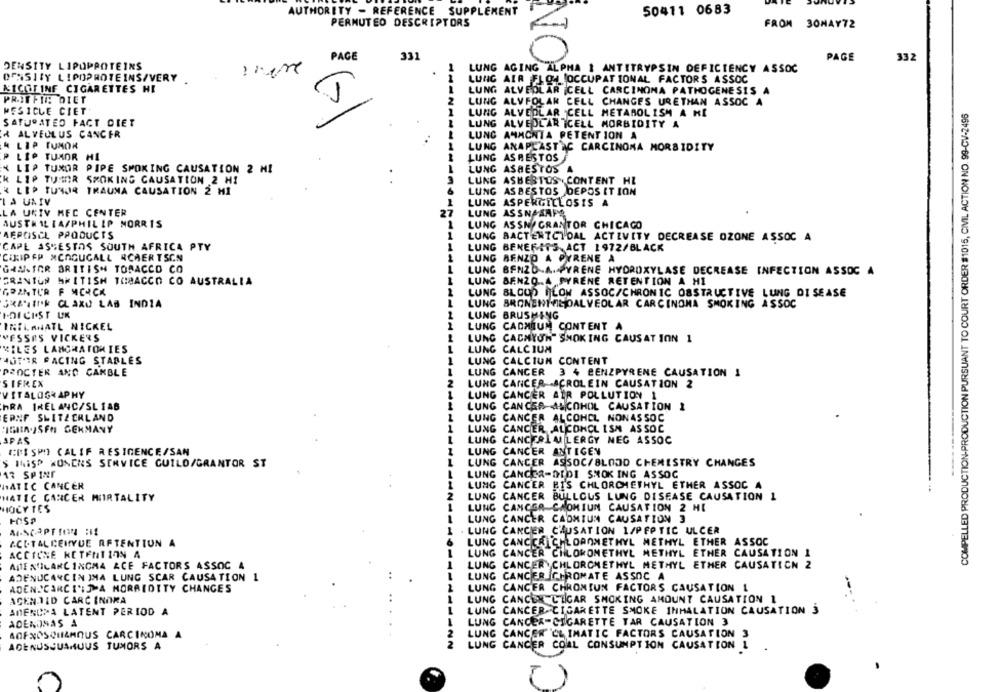
AUTHORITY - REFERENCE SUPPLEMENT
50411 0683
PERMUTEO DESCRIPTORS
FROM 30HAY72
331
PAGE
PAGE
332
DENSITY LIPOPROTEINS
LUNG AGING ALPHA 1 ANTITRYPSIN DEFICIENCY ASSOC
DENSITY LIPOPROTEINS/VERY
LUNG AIR FLQ4 OCCUPATIONAL FACTORS ASSOC
NICOTINE CIGARETTES HI
LUNG ALVEOLAR CELL CARCINOMA PATHOGENESIS A
PRITFIN DIET
2
LUNG ALVEOLAR CELL CHANGES URETHAN ASSOC A
MESICLE CIET
COMPELLED PRODUCTION-PRODUCTION PURSUANT TO COURT ORDER $1015, CIVIL ACTION NO. 99-CV-2496
LUNG ALVEOLAR CELL METABOLISM A HL
SATURATED FACT DIET
(7)
LUNG ALVEOLAR ICELL MORBIDITY A
A ALVEOLUS CANCER
LUNG AMMONTA PETENT ION A
LIP TUMOR
...
LUNG ANAPLASTIC CARCINOMA MORBIDITY
PLIP
TUMOR HI
LUNG ASRESTOS
N LIP TUMOR PIPE SMOKING CAUSATION 2 HI
LUNG ASBESTOS A
LIP TUMOR SMOKING CAUSATION 2 HI
3
LUNG ASBESTUS . CONTENT HL
& LIP TUTOR TRAUMA CAUSATION 2 HI
LUNG ASBESTOS DEPOSITION
LA UNIV
LUNG ASPERGILLOSIS A
LA UNIV MEC CENTER
27
LUNG ASSNASAPA
AUSTHAL IA/PHILIP MORRIS
1
LUNG ASSN GRANTOR CHICAGO
AFPOISCL PRODUCTS
LUNG BACTENTCIOAL ACTIVITY DECREASE OZONE ASSOC A
CAPE AS"ESTOS SOUTH AFRICA PTY
LUNG BENEFITS, ACT 1972/BLACK
CIXIPEP XCOGUGALL RCAERTSEN
LUNG BENZO A PYRENE A
GAN-IGR BRITISH TORACCD CO
LUNG BENZD.A. PYRENE HYDROXYLASE DECREASE INFECTION ASSOC A
GRANTUR MMITISH TOBACCO CO AUSTRALIA
--
LUNG BENZO.A PYRENE RETENTION A HI
GRANTUR F MCRCK
LUNG BLOOD FLOW ASSOC/CHRONIC OBSTRUCTIVE LUNG DISEASE
GRATIN* CLAXU LAB INDIA
LUNG BRONENTACOALVEOLAR CARCINOMA SMOKING ASSOC
I.DECIST UK
2
LUNG BRUSHING
IRILANATL NICKEL
LUNG CADMIUM CONTENT A
PESSAS VICKERS
LUNG CACHYUN" SMOKING CAUSATION 1
MILES LAMGRATOMIES
LUNG CALCIUM
AGTER PACING STABLES
LUNG CALCIUM CONTENT
1
PROCTER AND CAMBLE
LUNG CANCER 3 4 BENZPYRENE CAUSATION 1
SIFREX
2
LUNG CANCER ACROLEIN CAUSATION 2
VITALOGRAPHY
1
LUNG CANCER AIR POLLUTION 1
HRA IRELANC/SLIAB
LUNG CANCER ALCOHOL CAUSATION 1
EPNF SWITZERLAND
LUNG CANCER ALCOHOL NONASSOC
"IGIA.JSEM GERMANY
1
LUNG CANCER ALCOHOL ISM ASSOC
SPAS
LUNG CANCERLALLERGY NEG ASSOC
CRISPO CALIF RESIGENCE/SAN
LUNG CANCER ANTIGEN
$ TiSP HONENS SERVICE GUILD/GRANTOR ST
LUNG CANCER ASSOC/BLOOD CHEMISTRY CHANGES
17 SPINE
LUNG CANCER-DEDI SMOKING ASSOC
HATIC CANCER
LUNG CANCER BIS CHLORCHETHYL ETHER ASSOC A
HATIC CANCER MIRTALITY
2
LUNG CANCER BULLOUS LUNG DISEASE CAUSATION 1
HOCYTES
LUNG CANCER CHOMIUN CAUSATION 2 HI
1
LUNG CANCER CADMIUM CAUSATION 3
MINCAPTION :ES
1
LUNG CANCER CAUSATION 1/PEPTIC ULCER
CCI.TALCENYDE AFTENTION A
6
LUNG CANCER CHLOROMETHYL METHYL ETHER ASSOC
ACCIONE RETENTION A
LUNG CANCER CHLOROMETHYL METHYL ETHER CAUSATION 1
ADENOCARCINOMA ACE FACTORS ASSOC 4
LUNG CANCER CHLOROMETHYL METHYL ETHER CAUSATICN 2
LUNG CANCER ICHROMATE ASSOC A
ADENOCARCIN IMA LUNG SCAR CAUSATION 1
ADENSCARCI':J A MORBIOTTY CHANGES
LUNG CANCER CHRONIUN FACTORS CAUSATION 1
ACEN TID CARCINOMA
LUNG CANCER CIGAR SMOKING AMOUNT CAUSATION 1
AMENUMA LATENT PERIOD A
LUNG CANCER CIGARETTE SMOKE INHALATION CAUSATION 3
ADENOMAS A
LUNG CANCER-CIGARETTE TAR CAUSATION 3
AOFNOSQUAMOUS CARCINOMA A
LUNG CANCER CLIMATIC FACTORS CAUSATION 3
NN
AOENUSJUANUUS TUMORS A
LUNG CANCER COAL CONSUMPTION CAUSATION